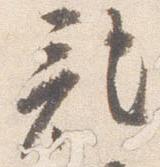
記